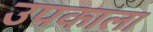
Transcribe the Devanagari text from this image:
उपकाला